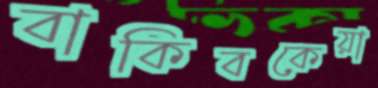
বাকিবকেয়া